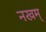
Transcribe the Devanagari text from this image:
नखम्